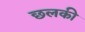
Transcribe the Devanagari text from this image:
छलकी